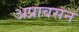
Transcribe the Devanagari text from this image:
अप्रावसन